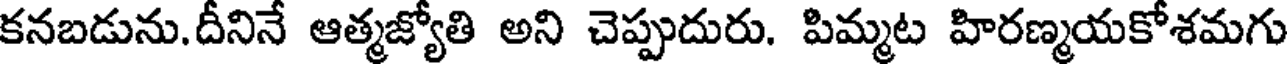
కనబడును.దీనినే ఆత్మజ్యోతి అని చెప్పుదురు. పిమ్మట హిరణ్మయకోశమగు